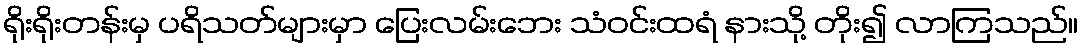
ရိုးရိုးတန်းမှ ပရိသတ်များမှာ ပြေးလမ်းဘေး သံဝင်းထရံ နားသို့ တိုး၍ လာကြသည်။